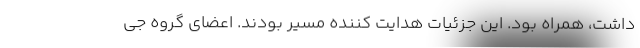
داشت، همراه بود. این جزئیات هدایت کننده مسیر بودند. اعضای گروه جی